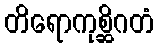
တိရောကုစ္ဆိဂတံ